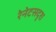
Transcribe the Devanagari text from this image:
रेनेटसदृश